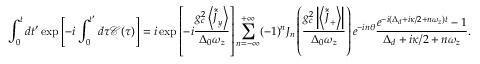
\int _ { 0 } ^ { t } d t ^ { \prime } \exp \left[ - i \int _ { 0 } ^ { t ^ { \prime } } d \tau \mathcal { C } ( \tau ) \right] = i \exp \left[ - i \frac { g _ { c } ^ { 2 } \left\langle \tilde { \hat { J } } _ { y } \right\rangle } { \Delta _ { 0 } \omega _ { z } } \right] \sum _ { n = - \infty } ^ { + \infty } ( - 1 ) ^ { n } J _ { n } \left( \frac { g _ { c } ^ { 2 } \left| \left\langle \tilde { \hat { J } } _ { + } \right\rangle \right| } { \Delta _ { 0 } \omega _ { z } } \right) e ^ { - i n \theta } \frac { e ^ { - i \left( \Delta _ { d } + i \kappa / 2 + n \omega _ { z } \right) t } - 1 } { \Delta _ { d } + i \kappa / 2 + n \omega _ { z } } .